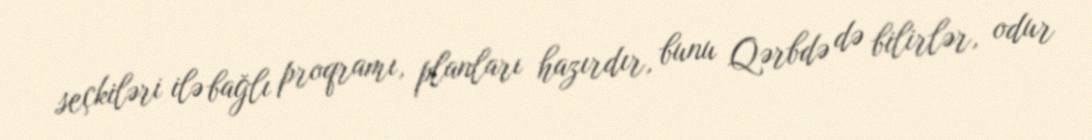
seçkiləri ilə bağlı proqramı, planları hazırdır, bunu Qərbdə də bilirlər, odur